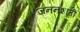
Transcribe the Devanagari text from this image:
जननशांती